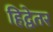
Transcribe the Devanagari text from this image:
हिद्वेतर